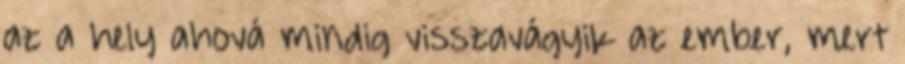
az a hely ahová mindig visszavágyik az ember, mert